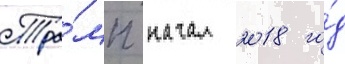
Тра́мп начал 2018 го́д